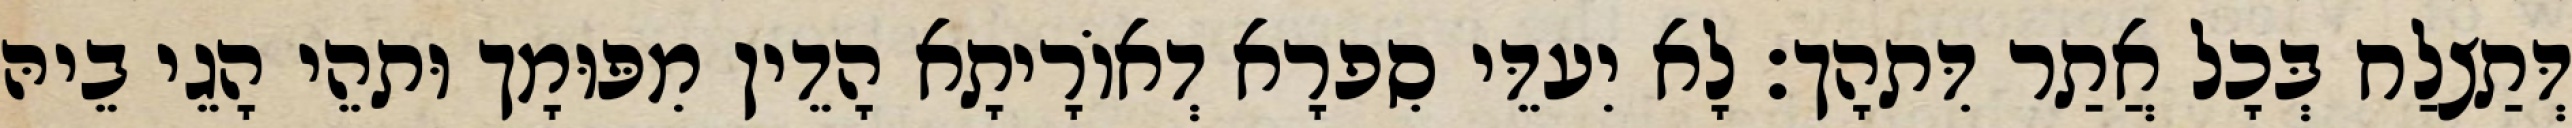
דְּתַצלַח בְּכָל אֲתַר דִּתהָך׃ לָא יִעדֵּי סִפרָא דְאוֹרָיתָא הָדֵין מִפּוּמָך וּתהֵי הָגֵי בֵיהּ